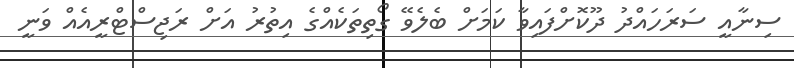
ސިނާއީ ސަރަހައްދު ދޫކޮށްފައިވާ ކަމަށް ބެލެވޭ ގޯތިތަކެއްގެ އިތުރު އަށް ރަޖިސްޓްރީއެއް ވަނީ